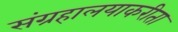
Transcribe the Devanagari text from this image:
संग्रहालयाकरीता